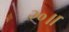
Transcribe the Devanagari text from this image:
२०॥